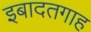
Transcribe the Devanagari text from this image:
इबादतगाह